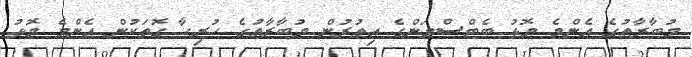
މުބާރާތުގެ އެންމެ މޮޅު ބެޓްސްމަންގެ އިތުރުން މުބާރާތުގެ ހުރިހާ ގޮތަކުން އެންމެ މޮޅު